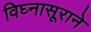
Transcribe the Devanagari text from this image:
विघ्नासूराने